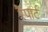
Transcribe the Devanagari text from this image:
रैंपार्ट